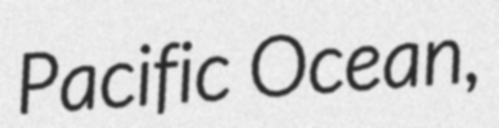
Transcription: Pacific Ocean,